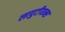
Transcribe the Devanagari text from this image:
लापुटीयन्स